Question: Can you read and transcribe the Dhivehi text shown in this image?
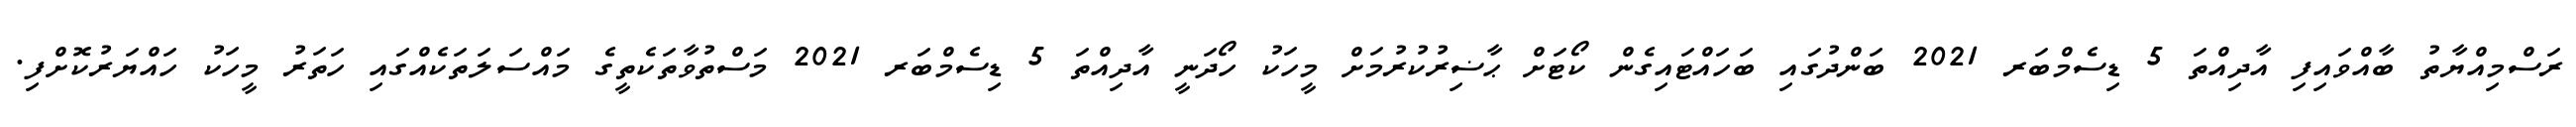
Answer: ރަސްމިއްޔާތު ބާއްވައިފި އާދިއްތަ 5 ޑިސެމްބަރ 2021 ބަންދުގައި ބަހައްޓައިގެން ކޯޓަށް ޙާޟިރުކުރުމަށް މީހަކު ހޯދަނީ އާދިއްތަ 5 ޑިސެމްބަރ 2021 މަސްތުވާތަކެތީގެ މައްސަލަތަކެއްގައި ހަތަރު މީހަކު ހައްޔަރުކޮށްފި.